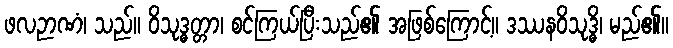
ဖလဉာဏံ၊ သည်။ ဝိသုဒ္ဓတ္တာ၊ စင်ကြယ်ပြီးသည်၏ အဖြစ်ကြောင့်။ ဒဿနဝိသုဒ္ဓိ၊ မည်၏။